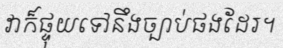
វាក៏ផ្ទុយទៅនឹងច្បាប់ផងដែរ។